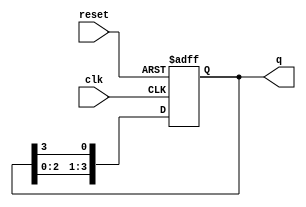
module binary_ring_counter (
    input wire clk,          // Clock input
    input wire reset,        // Reset input
    output reg [N-1:0] q     // Output of the ring counter
);
    parameter N = 4;         // Number of flip-flops (change as needed)

    always @(posedge clk or posedge reset) begin
        if (reset) begin
            // Initialize the counter with a single '1' in the first flip-flop
            q <= 1'b1;       // Set the first flip-flop to '1', others to '0'
        end else begin
            // Shift the '1' to the next flip-flop
            q <= {q[N-2:0], q[N-1]}; // Shift left and wrap around
        end
    end
endmodule